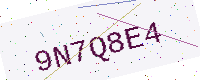
Text: 9N7Q8E4